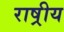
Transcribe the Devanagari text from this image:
राष्रीय